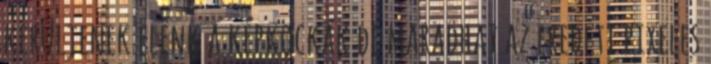
kerüljenek elénk a képkockák de maradhat az eredeti pixeles